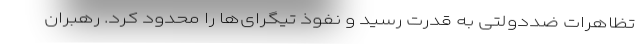
تظاهرات ضددولتی به قدرت رسید و نفوذ تیگرای‌ها را محدود کرد. رهبران